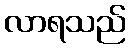
လာရသည်